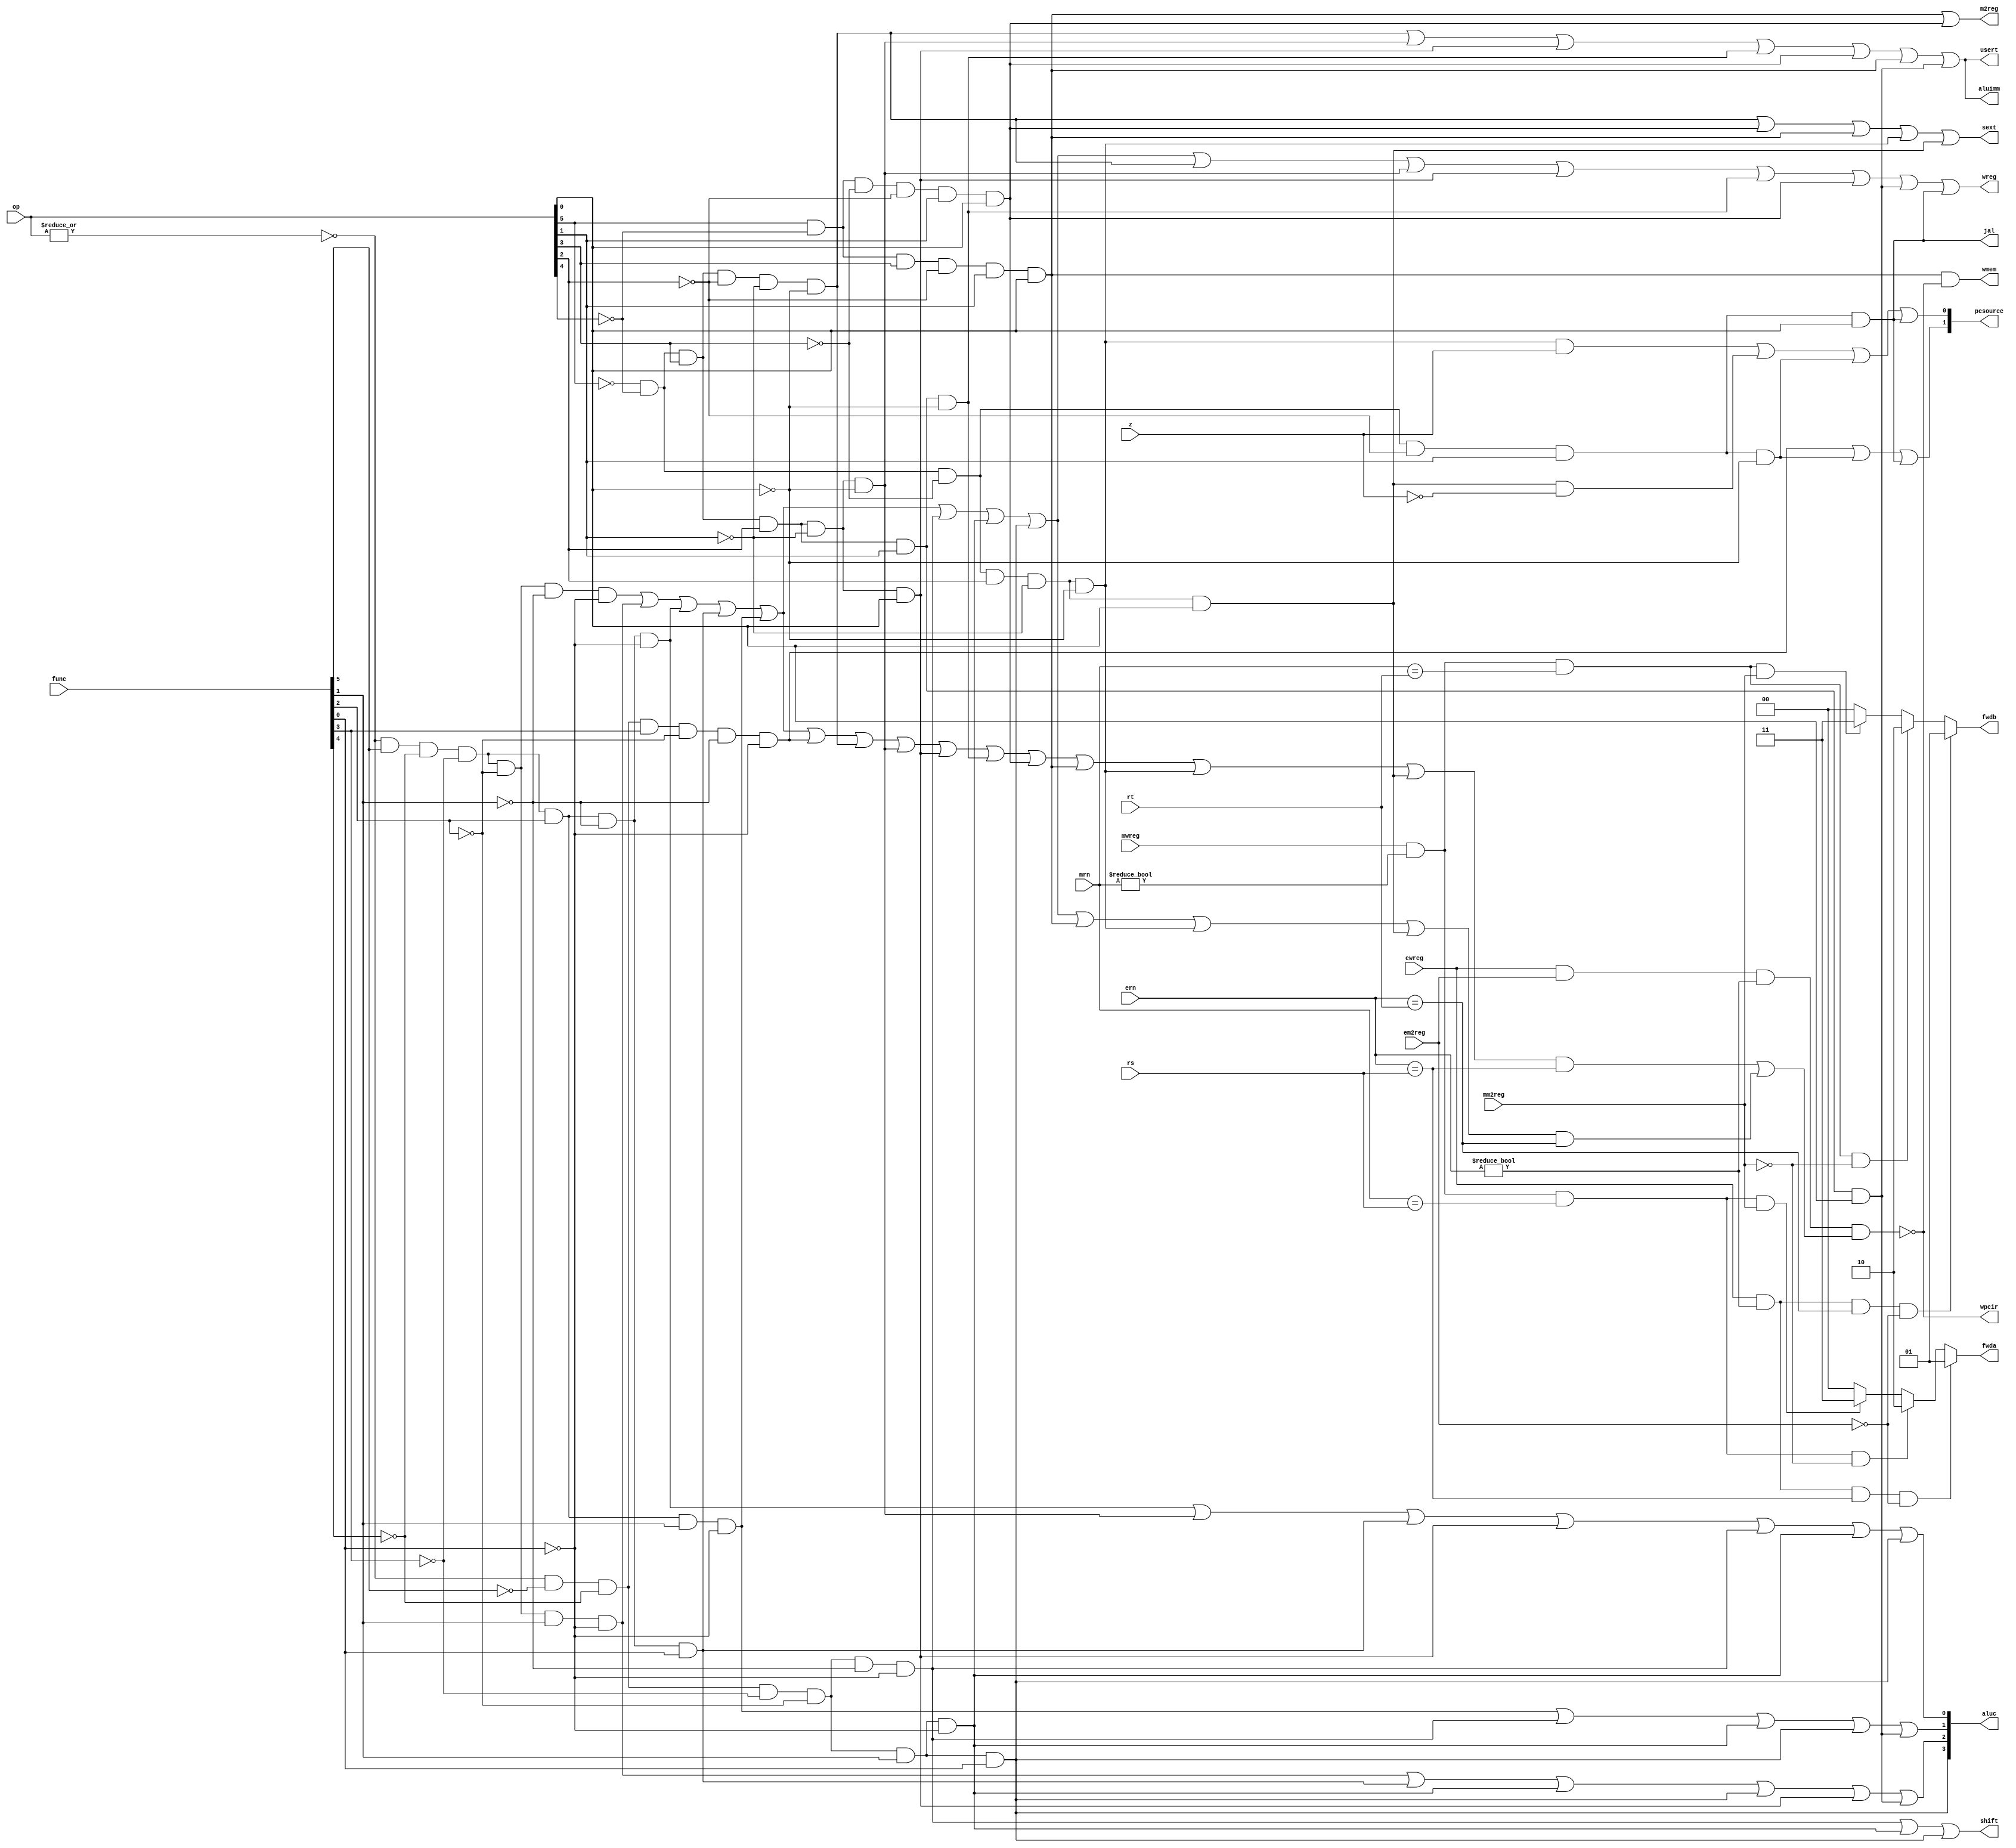
module sc_cu (op,func,rs,rt,mrn,mm2reg,mwreg,ern,em2reg,
	ewreg,z,pcsource,wpcir,wreg,m2reg,wmem,jal,aluc,
	aluimm,shift,usert,sext,fwdb,fwda);
	
	input mwreg,ewreg,em2reg,mm2reg,z;
	input [4:0] mrn,ern,rs,rt;
	input [5:0] func,op;
	
	output wreg,m2reg,wmem,usert,aluimm,sext,shift,jal;
	output [3:0] aluc;
	output [1:0] pcsource;
	output reg [1:0] fwda,fwdb;
	output wpcir;
   wire r_type = ~|op;
   wire i_add = r_type & func[5] & ~func[4] & ~func[3] &
                ~func[2] & ~func[1] & ~func[0];          //100000
   wire i_sub = r_type & func[5] & ~func[4] & ~func[3] &
                ~func[2] &  func[1] & ~func[0];          //100010
      
   //  please complete the deleted code.
   
   wire i_and = r_type & func[5] & ~func[4] & ~func[3] &
                func[2] &  ~func[1] & ~func[0];          //100100
   wire i_or  = r_type & func[5] & ~func[4] & ~func[3] &
                func[2] &  ~func[1] & func[0];           //100101

   wire i_xor = r_type & func[5] & ~func[4] & ~func[3] &
                func[2] &  func[1] & ~func[0];           //100110
   wire i_sll = r_type & ~func[5] & ~func[4] & ~func[3] &
                ~func[2] &  ~func[1] & ~func[0];         //000000
   wire i_srl = r_type & ~func[5] & ~func[4] & ~func[3] &
                ~func[2] &  func[1] & ~func[0];          //000010
   wire i_sra = r_type & ~func[5] & ~func[4] & ~func[3] &
                ~func[2] &  func[1] & func[0];           //000011
   wire i_jr  = r_type & ~func[5] & ~func[4] & func[3] &
                ~func[2] &  ~func[1] & ~func[0];         //001000
                
   wire i_addi = ~op[5] & ~op[4] &  op[3] & ~op[2] & ~op[1] & ~op[0]; //001000
   wire i_andi = ~op[5] & ~op[4] &  op[3] &  op[2] & ~op[1] & ~op[0]; //001100
   
   wire i_ori  = ~op[5] & ~op[4] &  op[3] &  op[2] & ~op[1] &  op[0]; //001101        
   wire i_xori = ~op[5] & ~op[4] &  op[3] &  op[2] &  op[1] & ~op[0]; //001110  
   wire i_lw   =  op[5] & ~op[4] & ~op[3] & ~op[2] &  op[1] &  op[0]; //100011  
   wire i_sw   =  op[5] & ~op[4] &  op[3] & ~op[2] &  op[1] &  op[0]; //101011
   wire i_beq  = ~op[5] & ~op[4] & ~op[3] &  op[2] & ~op[1] & ~op[0]; //000100
   wire i_bne  = ~op[5] & ~op[4] & ~op[3] &  op[2] & ~op[1] &  op[0]; //000101
   wire i_lui  = ~op[5] & ~op[4] &  op[3] &  op[2] &  op[1] &  op[0]; //001111
   wire i_j    = ~op[5] & ~op[4] & ~op[3] & ~op[2] &  op[1] & ~op[0]; //000010
   wire i_jal  = ~op[5] & ~op[4] & ~op[3] & ~op[2] &  op[1] &  op[0]; //000011   
  
   assign pcsource[1] = i_jr | i_j | i_jal;
   assign pcsource[0] = ( i_beq & z ) | (i_bne & ~z) | i_j | i_jal ;
   
   assign wreg = i_add | i_sub | i_and | i_or   | i_xor  |
                 i_sll | i_srl | i_sra | i_addi | i_andi |
                 i_ori | i_xori | i_lw | i_lui  | i_jal;
   
   assign aluc[3] = i_sra;
   assign aluc[2] = i_sub | i_or | i_srl | i_sra | i_ori | i_lui;
   assign aluc[1] = i_xor | i_sll | i_srl | i_sra | i_lui;
   assign aluc[0] = i_and | i_andi | i_or | i_ori | i_sll | i_srl | i_sra;
   assign shift   = i_sll | i_srl | i_sra ;

   assign aluimm  = i_addi | i_andi | i_ori | i_xori | i_lw | i_sw | i_lui;
   assign sext    = i_addi | i_lw | i_sw | i_beq | i_bne;
   assign wmem    = i_sw & wpcir;
   assign m2reg   = i_sw | i_lw;
   assign usert   = i_addi | i_andi | i_ori | i_xori | i_lw | i_sw | i_lui;
   assign jal     = i_jal;
	
	wire i_rs = i_add | i_sub | i_and | i_or | i_xor | i_jr  | i_addi | i_andi 
					| i_ori | i_xori | i_lw | i_sw | i_beq | i_bne ;
	wire i_rt = i_add | i_sub | i_and | i_or | i_xor | i_sll | i_srl  | i_sra  
	            | i_sw  | i_beq  | i_bne ;
					
   // hazard happens
	assign wpcir = ~ (ewreg & em2reg & (ern != 0 ) & (i_rs & (ern == rs) | i_rt & (ern == rt)));
	
	// Reference: slides8 (Pages 39~41)
	always @ (ewreg or mwreg or ern or mrn or em2reg or mm2reg or rs or rt )
		begin
		fwda =2'b00;
		if (ewreg & (ern != 0 ) & (ern == rs) & ~em2reg)
			begin
			fwda = 2'b01;
			end 
		else 
			begin
			if (mwreg & (mrn != 0 ) & (mrn == rs) & ~mm2reg)
				begin
				fwda = 2'b10;
				end 
			else 
				begin
				if (mwreg & (mrn != 0) & (mrn == rs) & mm2reg) 
					begin
					fwda = 2'b11;
					end
				end
			end
		
		fwdb = 2'b00;
		if (ewreg & (ern !=0 ) & (ern == rt) & ~em2reg)
			begin
			fwdb = 2'b01;
			end 
		else 
			begin
			if (mwreg & (mrn != 0) & (mrn == rt) & ~mm2reg)
				begin
				fwdb = 2'b10 ;
				end 
			else 
				begin
				if (mwreg & (mrn != 0 ) & (mrn == rt) & mm2reg )
					begin
					fwdb =2'b11;
					end
				end
			end
		end
	
endmodule